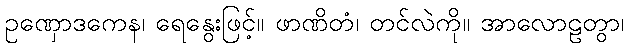
ဥဏှောဒကေန၊ ရေနွေးဖြင့်။ ဖာဏိတံ၊ တင်လဲကို။ အာလောဠတွာ၊